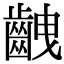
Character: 齥